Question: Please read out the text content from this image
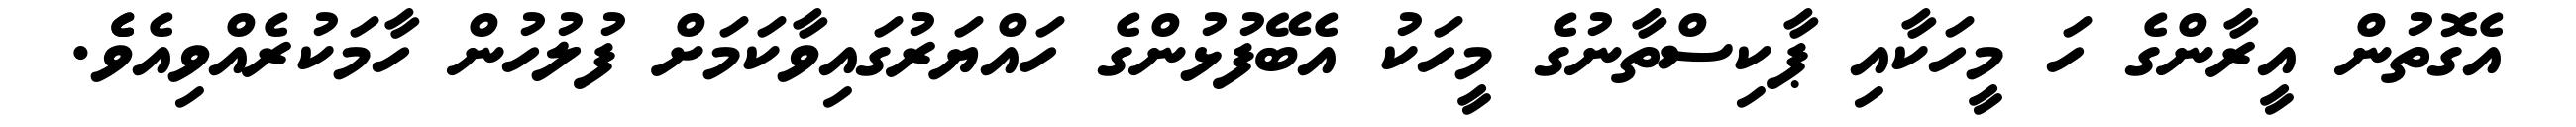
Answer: އެގޮތުން އީރާންގެ ހަ މީހަކާއި ޕާކިސްތާނުގެ މީހަކު އެބޭފުޅުންގެ ހައްޔަރުގައިވާކަމަށް ފުލުހުން ހާމަކުރެއްވިއެވެެ.